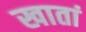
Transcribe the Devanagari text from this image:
खातां